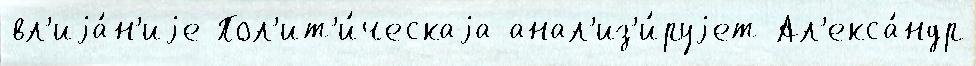
вл'иjа́н'иjе Пол'ит'и́ческаjа анал'из'и́руjет Ал'екса́ндр